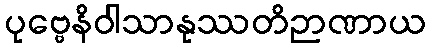
ပုဗ္ဗေနိဝါသာနုဿတိဉာဏာယ